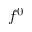
f ^ { 0 }